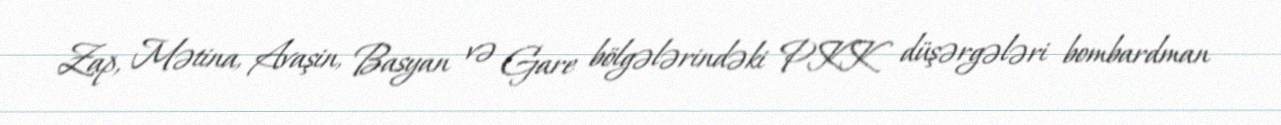
Zap, Mətina, Avaşin, Basyan və Gare bölgələrindəki PKK düşərgələri bombardman